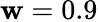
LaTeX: \mathbf{w}=0.9